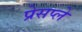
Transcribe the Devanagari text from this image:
प्रेसप्ले